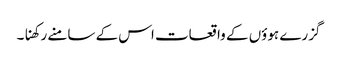
گزرے ہوؤں کے واقعات اس کے سامنے رکھنا۔